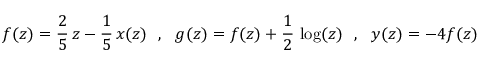
f ( z ) = \frac { 2 } { 5 } \, z - \frac { 1 } { 5 } \, x ( z ) ~ ~ , ~ ~ g ( z ) = f ( z ) + \frac { 1 } { 2 } \, \log ( z ) ~ ~ , ~ ~ y ( z ) = - 4 f ( z )